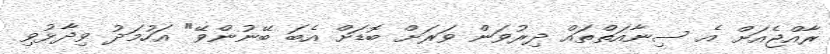
ރާއްޖެއަށް އެ ސިނާއަތްތައް ދިރުވަން ވަރަށް ބޮޑަށް އެބަ ބޭނުންވޭ" އަހުމަދު ވިދާޅުވި